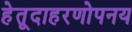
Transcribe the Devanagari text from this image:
हेतूदाहरणोपनय